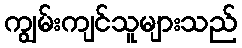
ကျွမ်းကျင်သူများသည်